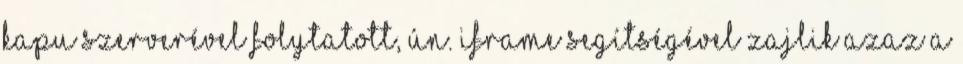
kapu szerverével folytatott, ún. iframe segítségével zajlik azaz a